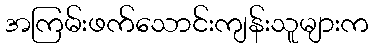
အကြမ်းဖက်သောင်းကျန်းသူများက